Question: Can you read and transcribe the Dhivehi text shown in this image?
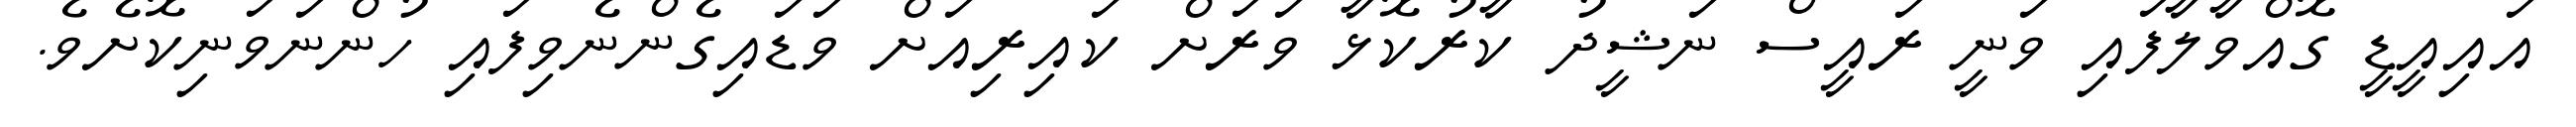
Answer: އައިއީޑީ ގޮއްވާލާފައި ވަނީ ރައީސް ނަޝީދު ކާރުކޮޅާ ވަރަށް ކައިރިއަށް ވަޑައިގެންނެވިފައި ހުންނަވަނިކޮށެވެ.